system: You are a helpful assistant.
user:
Analyze the provided spectrum to determine if it is a **White Dwarf (WD)**.

A White Dwarf spectrum is defined by its **extreme purity** (due to gravitational settling) and/or **extreme pressure broadening** (due to high surface gravity). You must check for one of the following mutually exclusive signatures:

- **Key Visual Indicators (Check for ONE of these types):**

    - **1. DA-Type Signature (Most Common):**
        - **(Primary Feature):** Extreme pressure broadening (Stark broadening) of the **Hydrogen (H) Balmer lines**.
        - **(Key Lines):** $H\beta$ (approx. $4861$ Å) and $H\gamma$ (approx. $4340$ Å). $H\alpha$ (approx. $6563$ Å) will also be present if the wavelength range covers it.
        - **(Line Profile):** This is the **defining feature**. The lines are **NOT** sharp. They appear as massive, **extremely broad and deep "troughs" or "dips"** in the spectrum, often hundreds of Ångströms wide. The continuum will appear to "scoop" down at these wavelengths.
        - **(Distinction):** Normal A-type or B-type stars have *narrow* and *sharp* Hydrogen lines. A DA White Dwarf's lines are unmistakably "smeared" or "blurry" from pressure.

    - **2. DB-Type Signature:**
        - **(Primary Feature):** Broad absorption lines from **Neutral Helium (He I)**. The spectrum must lack any visible Hydrogen lines.
        - **(Key Lines):** Look for broad absorption near $4471$ Å, $4921$ Å, and $5876$ Å.
        - **(Line Profile):** These lines are also significantly pressure-broadened, appearing much wider than they would in a normal B-type main-sequence star.

    - **3. DC-Type Signature:**
        - **(Primary Feature):** A **featureless continuous spectrum**.
        - **(Line Profile):** The spectrum is a smooth curve with **no significant absorption or emission lines**.
        - **(Key Confirmation):** The continuum is almost always **blue or white**, indicating a hot object. This signature implies the atmosphere is so pure (or so cool) that no spectral lines are visible in the optical range. Its WD identity is confirmed by its extremely low intrinsic brightness (high absolute magnitude).

    - **4. DZ-Type Signature (Metal-Polluted):**
        - **(Primary Feature):** **Isolated, narrow metal absorption lines** on an otherwise featureless (DC-like) continuum.
        - **(Key Lines):** The **Calcium (Ca II) H & K doublet** (approx. **$3934$ Å** and **$3968$ Å**) is the most common and defining feature.
        - **(Line Profile):** These lines are "out of place." They are *not* part of a "forest" of thousands of lines. This signature is evidence of recent *accretion* (pollution) from rocky debris.
        - **(Distinction):** Normal G/K/M stars have a *dense forest* of thousands of metal lines. A DZ has a *clean* continuum with *only a few* strong metal lines.

    - **5. DQ-Type Signature (Carbon-Polluted):**
        - **(Primary Feature):** Absorption bands from **Carbon (C₂ "Swan Bands" or atomic C I)**.
        - **(Key Lines - C₂):** Look for bandheads with a "saw-tooth" shape near $5635$ Å, **$5165$ Å** (strongest), and $4737$ Å.
        - **(Key Confirmation):** The underlying **continuum must be blue or white** (hot).
        - **(Distinction):** This is the critical difference from a **Carbon Star**, which has the *exact same* C₂ bands but on an extremely **red, cool** continuum.

- **(Overall Spectrum):**
    - The continuum (overall shape) is typically **blue-sloping** (brighter in the blue than the red), as most white dwarfs are very hot.
    - The spectrum will look "pure" or "simple," dominated by only *one* of the five signatures listed above.

Think first, call **spectral_visualization_tool** if needed to examine features in detail, then provide your final answer. Your response must adhere to the following strict rules:
1.  **Overall Structure:** Your response must follow the format `<think>...</think> <tool_call>...</tool_call> (if a tool is used) <answer>...</answer>`.
2.  **Tool Usage Constraint:** You may only make **one** tool call per turn.
3.  **Final Answer Format:** In the `<answer>` tag, your conclusion must be inside a `\boxed{}` command (e.g., `\boxed{YES}` or `\boxed{NO}`), followed by your justification.

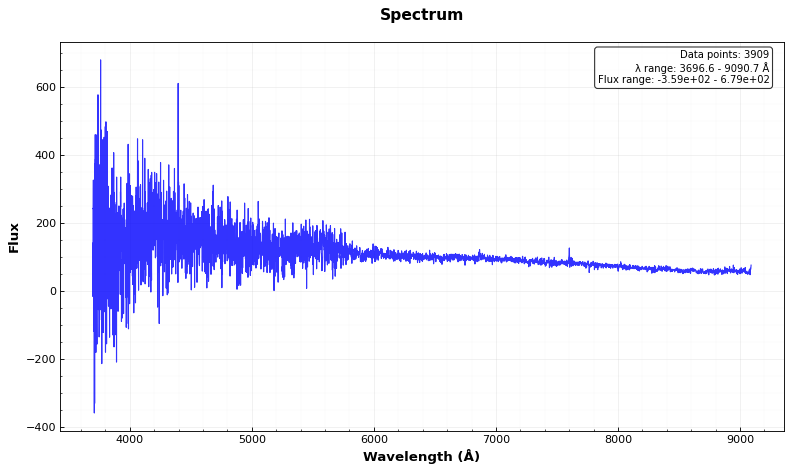
Answer: NO